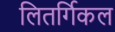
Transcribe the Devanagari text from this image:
लितर्गिकल